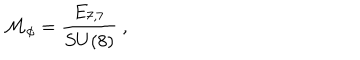
LaTeX: { \cal M } _ { \phi } = \frac { E _ { 7 , 7 } } { S U ( 8 ) } \ ,